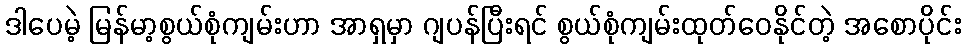
ဒါပေမဲ့ မြန်မာ့စွယ်စုံကျမ်းဟာ အာရှမှာ ဂျပန်ပြီးရင် စွယ်စုံကျမ်းထုတ်ဝေနိုင်တဲ့ အစောပိုင်း